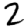
Digit: 2